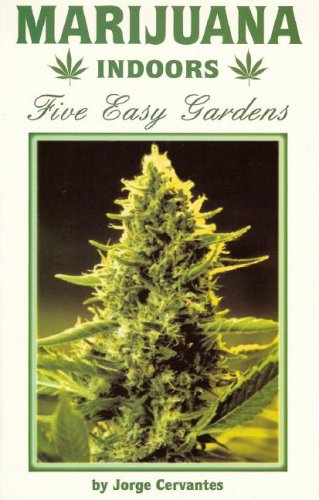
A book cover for Marijuana Indoors: Five Easy Gardens; Jorge Cervantes; Crafts, Hobbies & Home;